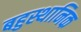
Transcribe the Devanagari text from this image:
बहुस्थानिक